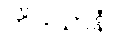
တိဒသာနံ